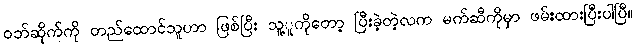
ဝဘ်ဆိုက်ကို တည်ထောင်သူဟာ ဖြစ်ပြီး သူ့ူကိုတော့ ပြီးခဲ့တဲ့လက မက်ဆီကိုမှာ ဖမ်းထားပြီးပါပြီ။